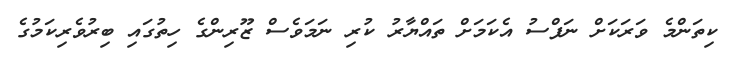
ކިތަންމެ ވަރަކަށް ނަފްސު އެކަމަށް ތައްޔާރު ކުރި ނަމަވެސް ޒޫރިންގެ ހިތުގައި ބިރުވެރިކަމުގެ